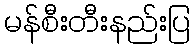
မန်စီးတီးနည်းပြ